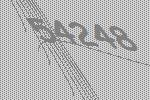
54248